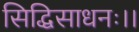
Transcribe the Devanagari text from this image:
सिद्धिसाधनः।।